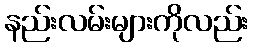
နည်းလမ်းများကိုလည်း